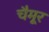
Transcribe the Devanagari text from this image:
चैमूर